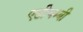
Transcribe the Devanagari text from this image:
एडीचम्बी